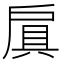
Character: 𫼐